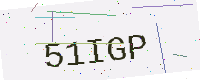
Text: 51IGP